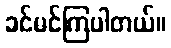
ခင်မင်ကြပါတယ်။